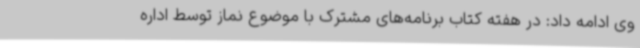
وی ادامه داد: در هفته کتاب برنامه‌های مشترک با موضوع نماز توسط اداره